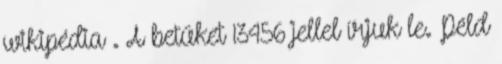
wikipédia . A betűket 13456 jellel írjuk le. Péld